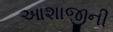
આશાજીની